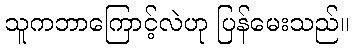
သူကဘာကြောင့်လဲဟု ပြန်မေးသည်။